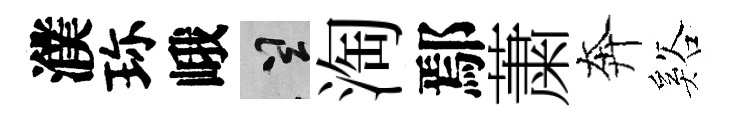
濮珎峨誠淘鄢䔥奔谿